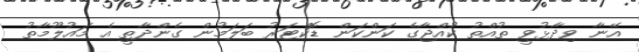
އޭނާ ވިދާޅުވީ ތުއްތު ކުއްޖާގެ ކަންކަން ޑޮކްޓަރު ބަލަމުން ގެންދާތީ އެ މައުލޫމާތު